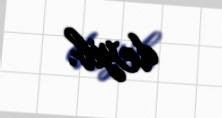
deyib.